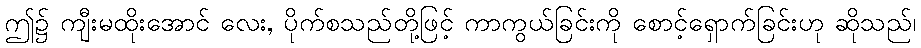
ဤ၌ ကျီးမထိုးအောင် လေး, ပိုက်စသည်တို့ဖြင့် ကာကွယ်ခြင်းကို စောင့်ရှောက်ခြင်းဟု ဆိုသည်၊